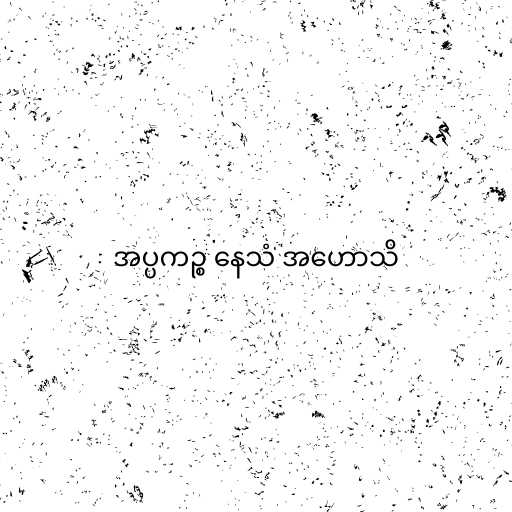
အပ္ပကဉ္စ နေသံ အဟောသိ